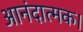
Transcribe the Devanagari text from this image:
आनंदात्मक।